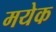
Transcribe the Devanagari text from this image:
मयेक